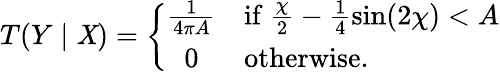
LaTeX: T(Y\mid\mathit{X})=\left\{ \begin{array}{cl}{{\frac{1}{4\pi A}}}&{{\mathrm{if}~\frac{\chi}{2}-\frac{1}{4}\sin(2\chi)<A}}\\ {{0}}&{{\mathrm{otherwise.}}}\end{array}\right.